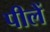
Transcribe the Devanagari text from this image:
पीलें